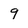
Character: 9